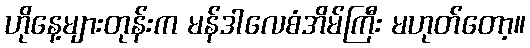
ဟိုနေ့များတုန်းက မန်ဒါလေစံအိမ်ကြီး မဟုတ်တော့။